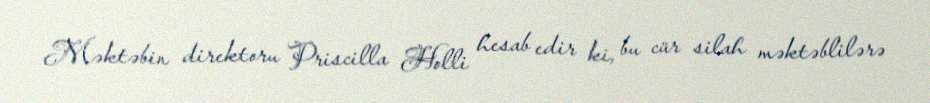
Məktəbin direktoru Priscilla Holli hesab edir ki, bu cür silah məktəblilərə